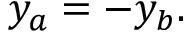
y _ { a } = - y _ { b } .